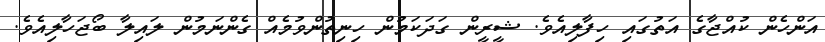
އަންހެން ކުއްޖާގެ އަތުގައި ހިފާލިއެވެ. ޝީރީން ގަދަކަމުން ހިނިތުންވުމެއް ގެންނަމުން ލައިލާ ބޯޖަހާލިއެވެ.